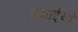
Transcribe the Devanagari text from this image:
ऊंचाईयां